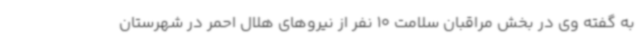
به گفته وی در بخش مراقبان سلامت 10 نفر از نیروهای هلال احمر در شهرستان